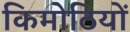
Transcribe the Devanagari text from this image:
किमोठियों